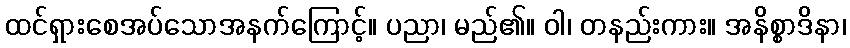
ထင်ရှားစေအပ်သောအနက်ကြောင့်။ ပညာ၊ မည်၏။ ဝါ၊ တနည်းကား။ အနိစ္စာဒိနာ၊